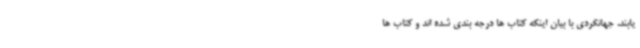
یابند. جهانگردی با بیان اینکه کتاب ها درجه بندی شده اند و کتاب ها